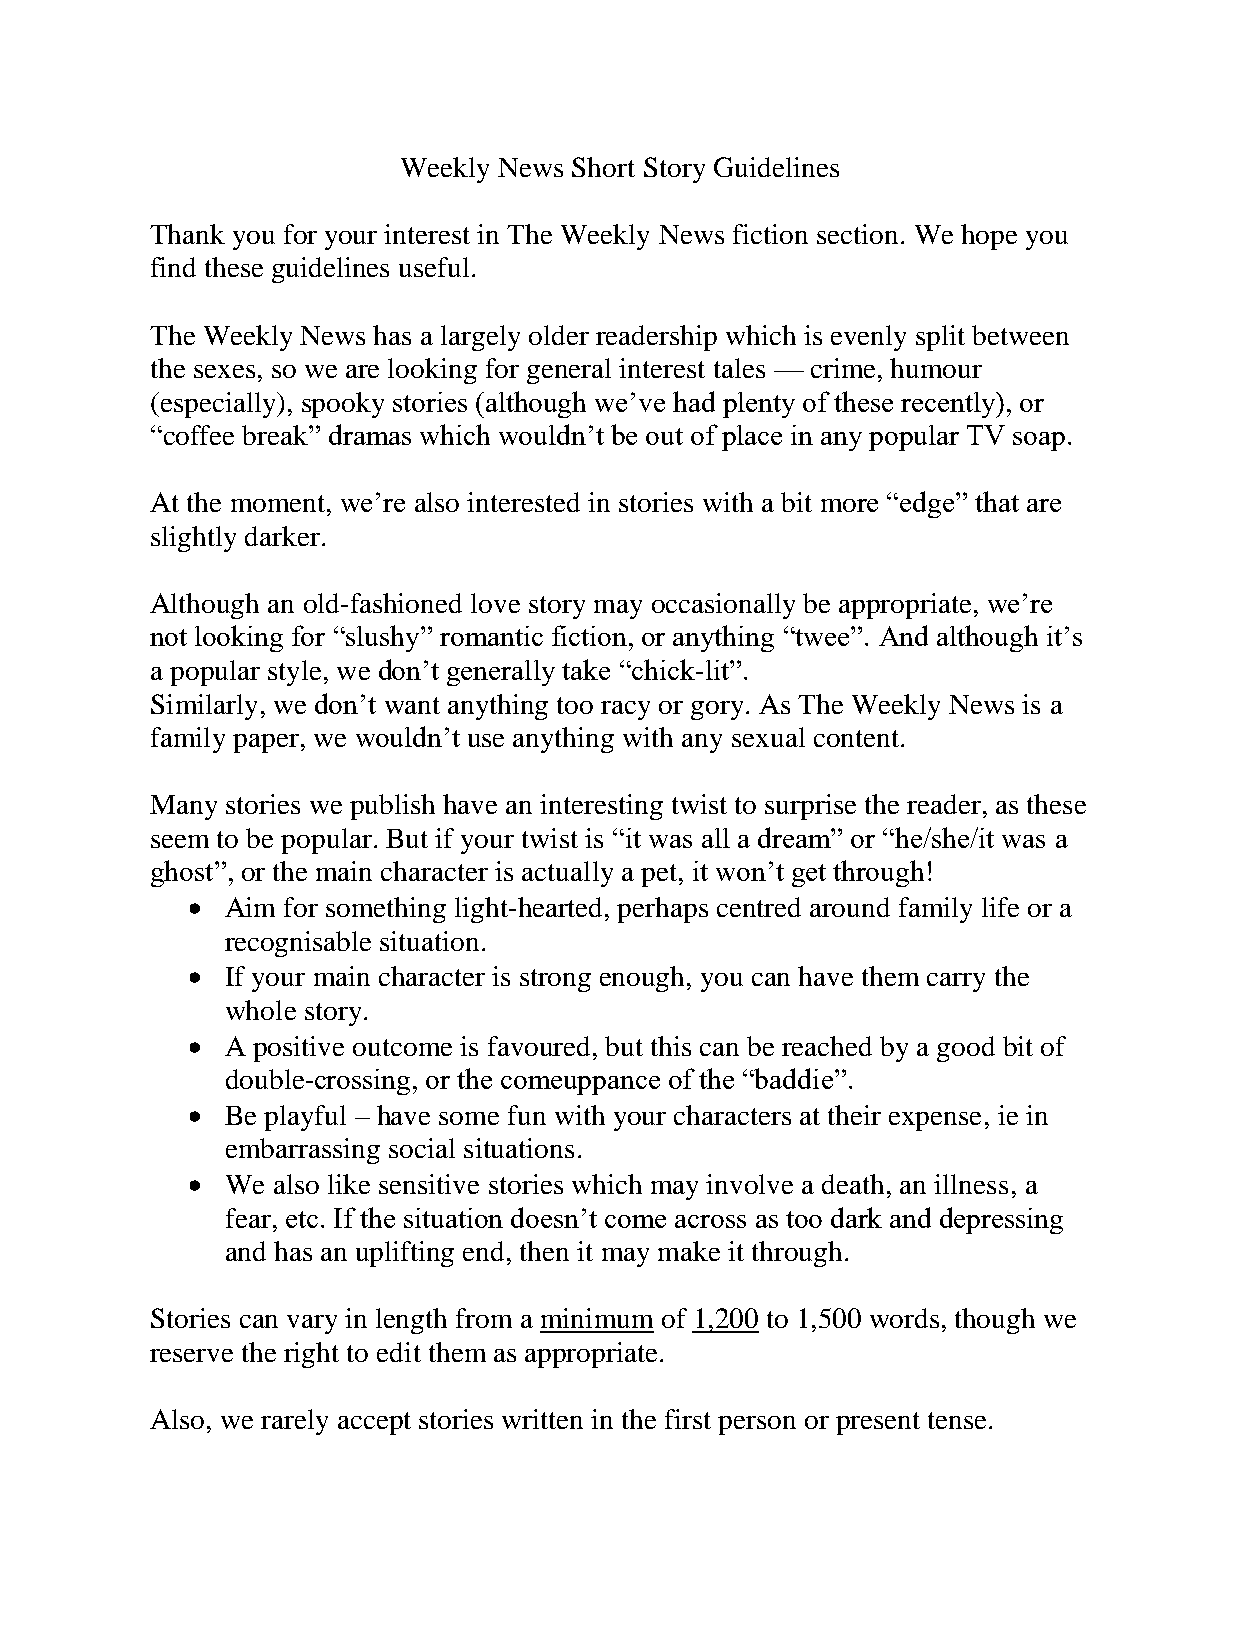
Weekly News Short Story Guidelines
 Thank you for your interest in The Weekly News fiction section. We hope you
 find these guidelines useful.
 The Weekly News has a largely older readership which is evenly split between
 the sexes, so we are looking for general interest tales — crime, humour
 (especially), spooky stories (although we’ve had plenty of these recently), or
 “coffee break” dramas which wouldn’t be out of place in any popular TV soap.
 At the moment, we’re also interested in stories with a bit more “edge” that are
 slightly darker.
 Although an old-fashioned love story may occasionally be appropriate, we’re
 not looking for “slushy” romantic fiction, or anything “twee”. And although it’s
 a popular style, we don’t generally take “chick-lit”.
 Similarly, we don’t want anything too racy or gory. As The Weekly News is a
 family paper, we wouldn’t use anything with any sexual content.
 Many stories we publish have an interesting twist to surprise the reader, as these
 seem to be popular. But if your twist is “it was all a dream” or “he/she/it was a
 ghost”, or the main character is actually a pet, it won’t get through!
   Aim for something light-hearted, perhaps centred around family life or a
 recognisable situation.
   If your main character is strong enough, you can have them carry the
 whole story.
   A positive outcome is favoured, but this can be reached by a good bit of
 double-crossing, or the comeuppance of the “baddie”.
   Be playful – have some fun with your characters at their expense, ie in
 embarrassing social situations.
   We also like sensitive stories which may involve a death, an illness, a
 fear, etc. If the situation doesn’t come across as too dark and depressing
 and has an uplifting end, then it may make it through.
 Stories can vary in length from a minimum of 1,200 to 1,500 words, though we
 reserve the right to edit them as appropriate.
 Also, we rarely accept stories written in the first person or present tense.